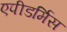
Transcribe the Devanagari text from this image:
एपीडर्मिस